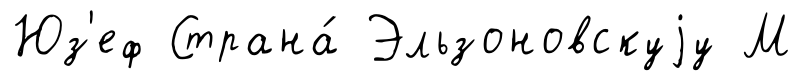
Юз'еф Страна́ Эльзоновскуjу М